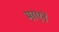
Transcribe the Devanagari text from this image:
माएने